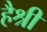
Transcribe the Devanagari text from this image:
हैश्री